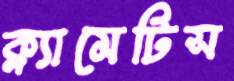
ক্ল্যামেটিস